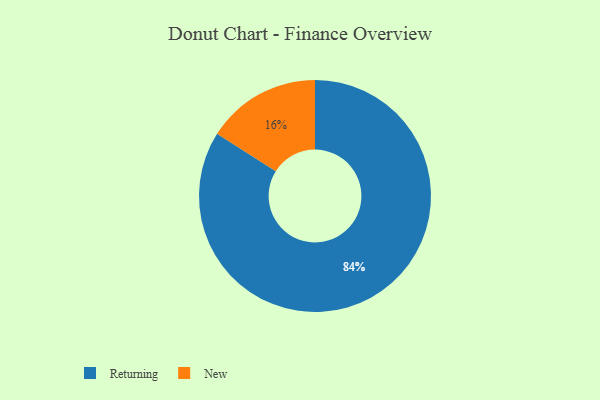
{"axis": {"x": "Category", "y": "Percentage"}, "legend": ["New", "Returning"], "data": [{"x": "New", "y": 16, "type": "New"}, {"x": "Returning", "y": 84, "type": "Returning"}]}